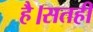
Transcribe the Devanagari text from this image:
है।सतही